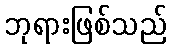
ဘုရားဖြစ်သည်